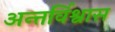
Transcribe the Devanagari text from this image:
अन्तर्विश्वास